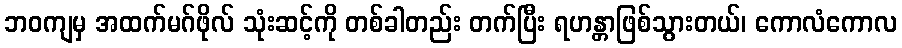
ဘဝကျမှ အထက်မဂ်ဖိုလ် သုံးဆင့်ကို တစ်ခါတည်း တက်ပြီး ရဟန္တာဖြစ်သွားတယ်၊ ကောလံကောလ